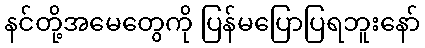
နင်တို့အမေတွေကို ပြန်မပြောပြရဘူးနော်